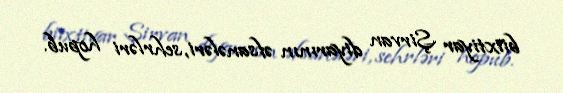
biixtiyar Şirvan diyarının əfsanələri, sehrləri hopub.